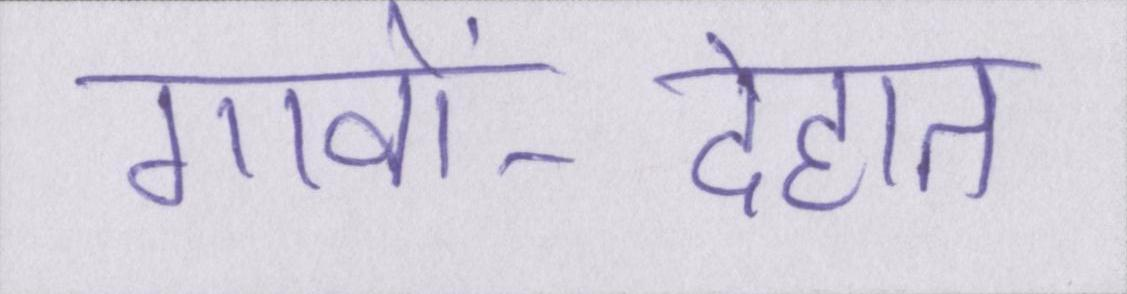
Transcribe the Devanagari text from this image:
गावों-देहात